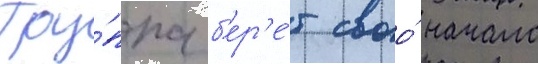
Гру́ппа б'ер'е́т своо́ начало